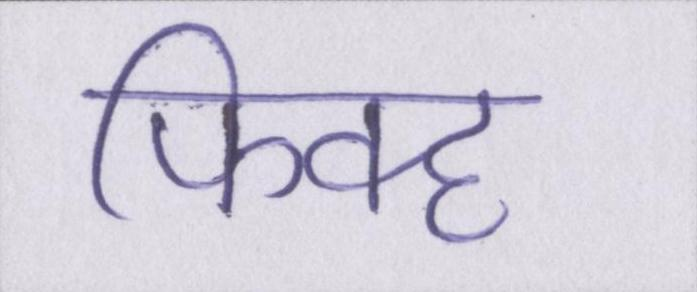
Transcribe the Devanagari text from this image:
फिक्ह